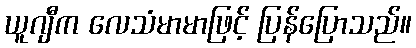
ယူဂျီက လေသံမာမာဖြင့် ပြန်ပြောသည်။